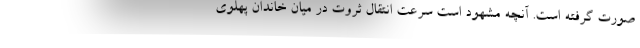
صورت گرفته است. آنچه مشهود است سرعت انتقال ثروت در میان خاندان پهلوی